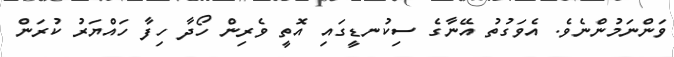
ވަންނަމުންނެވެ. އެވަގުތު އޭނާގެ ސިކުނޑީގައި އޮތީ ވެރިން ހޯދާ ހިފާ ހައްޔަރު ކުރަން